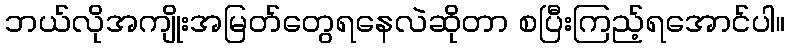
ဘယ်လိုအကျိုးအမြတ်တွေရနေလဲဆိုတာ စပြီးကြည့်ရအောင်ပါ။